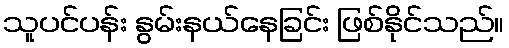
သူပင်ပန်း နွမ်းနယ်နေခြင်း ဖြစ်နိုင်သည်။